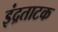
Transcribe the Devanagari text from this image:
इंद्रताटक